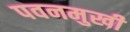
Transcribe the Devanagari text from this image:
पवनमुखी